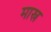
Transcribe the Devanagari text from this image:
मास्र